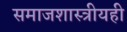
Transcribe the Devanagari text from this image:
समाजशास्त्रीयही